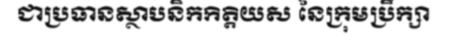
ជាប្រធានស្ថាបនិកកិត្តិយស នៃក្រុមប្រឹក្សា